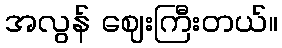
အလွန် ဈေးကြီးတယ်။